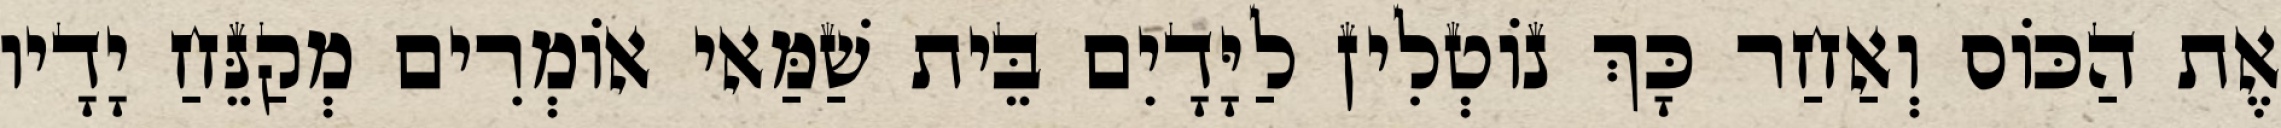
אֶת הַכּוֹס וְאַחַר כָּךְ נוֹטְלִין לַיָּדָיִם בֵּית שַׁמַּאי אוֹמְרִים מְקַנֵּחַ יָדָיו